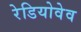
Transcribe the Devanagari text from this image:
रेडियोवेव